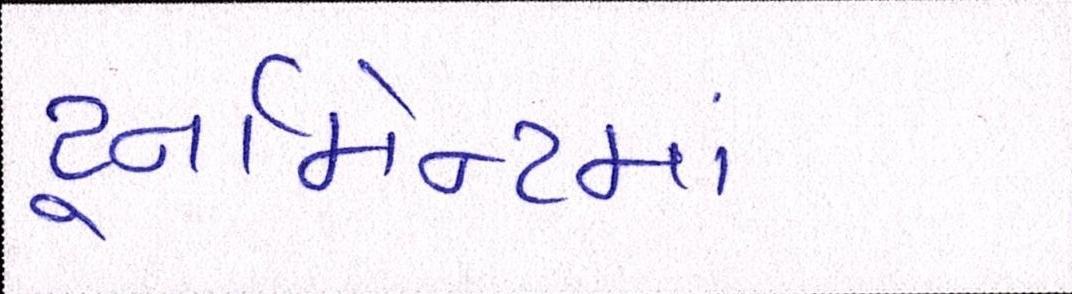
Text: ટૂર્નામેન્ટમાં